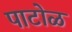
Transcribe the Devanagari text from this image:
पाटोळ